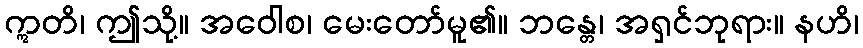
ဣတိ၊ ဤသို့။ အဝေါစ၊ မေးတော်မူ၏။ ဘန္တေ၊ အရှင်ဘုရား။ နဟိ၊